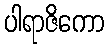
ပါရာဇိကော